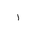
Letter: _alif